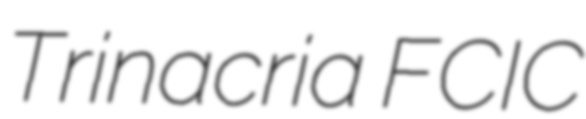
Trinacria FCIC